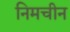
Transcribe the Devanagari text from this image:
निमचीन